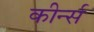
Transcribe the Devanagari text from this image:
कीर्न्स